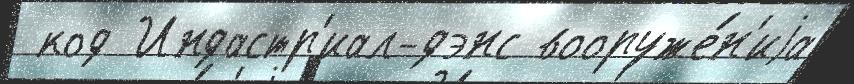
 код Индастр'иал-дэнс вооруже́н'иjа